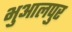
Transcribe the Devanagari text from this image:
भुआलपुर